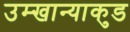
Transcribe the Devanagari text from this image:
उम्खान्याकुड